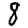
Digit: 8